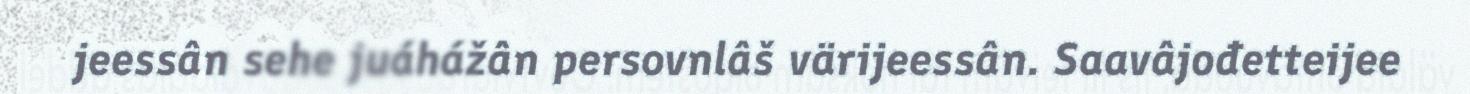
jeessân sehe juáhážân persovnlâš värijeessân. Saavâjođetteijee